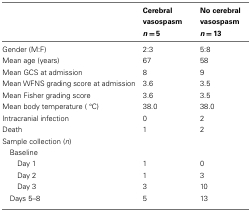
<table><thead><tr><td></td><td><b>Cerebral vasospasm <i>n</i> = 5</b></td><td><b>No cerebral vasospasm <i>n</i> = 13</b></td></tr></thead><tbody><tr><td>Gender (M:F)</td><td>2:3</td><td>5:8</td></tr><tr><td>Mean age (years)</td><td>67</td><td>58</td></tr><tr><td>Mean GCS at admission</td><td>8</td><td>9</td></tr><tr><td>Mean WFNS grading score at admission</td><td>3.6</td><td>3.5</td></tr><tr><td>Mean Fisher grading score</td><td>3.6</td><td>3.5</td></tr><tr><td>Mean body temperature (°C)</td><td>38.0</td><td>38.0</td></tr><tr><td>Intracranial infection</td><td>0</td><td>2</td></tr><tr><td>Death</td><td>1</td><td>2</td></tr><tr><td>Sample collection (<i>n</i>)</td></tr><tr><td>Baseline</td></tr><tr><td> Day 1</td><td>1</td><td>0</td></tr><tr><td> Day 2</td><td>1</td><td>3</td></tr><tr><td> Day 3</td><td>3</td><td>10</td></tr><tr><td>Days 5–8</td><td>5</td><td>13</td></tr></tbody></table>